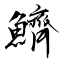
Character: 鱭